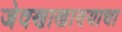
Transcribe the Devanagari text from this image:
जेवणाखाण्याचा